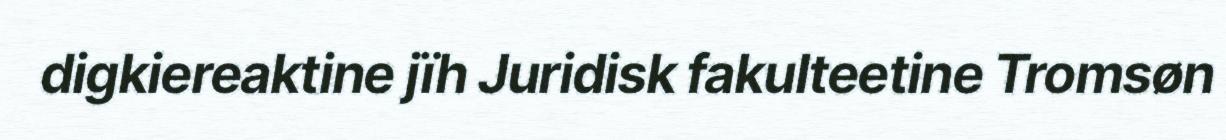
digkiereaktine jïh Juridisk fakulteetine Tromsøn